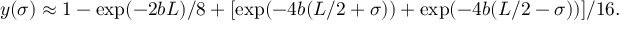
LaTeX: y ( \sigma ) \approx 1 - \exp ( - 2 b L ) / 8 + [ \exp ( - 4 b ( L / 2 + \sigma ) ) + \exp ( - 4 b ( L / 2 - \sigma ) ) ] / 1 6 .